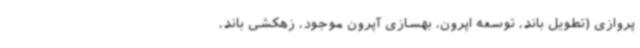
پروازی (تطویل باند، توسعه اپرون، بهسازی آپرون موجود، زهکشی باند،